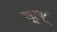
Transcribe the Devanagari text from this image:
खूब